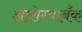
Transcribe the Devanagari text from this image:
आरोग्याबँक